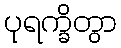
ပုရက္ခိတွာ